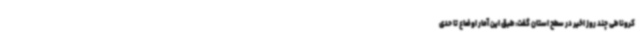
کرونا طی چند روز اخیر در سطح استان گفت: طبق این آمار اوضاع تا حدی